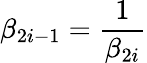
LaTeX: \beta_{2i-1}=\frac{1}{\beta_{2i}}